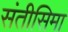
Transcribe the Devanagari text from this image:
संतीसिमा